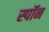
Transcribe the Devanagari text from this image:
स्पॉन